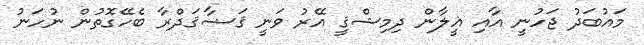
މައުބަދު ޖަހުނީ އާއި ޣީލާން ދިމިޝްޤީ އޭރު ވަނީ ޤަޟާޤަދްރާ ބެހޭގޮތުން ނުހަނު